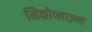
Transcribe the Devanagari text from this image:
मिकोप्लाज़्मा